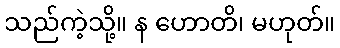
သည်ကဲ့သို့။ န ဟောတိ၊ မဟုတ်။